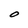
Character: O